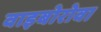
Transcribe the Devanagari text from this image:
वाइबोरोवा